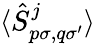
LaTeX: \langle\hat{S}_{p\sigma,q\sigma^{\prime}}^{j}\rangle